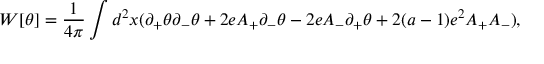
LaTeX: W [ \theta ] = { \frac { 1 } { 4 \pi } } \int d ^ { 2 } x ( \partial _ { + } \theta \partial _ { - } \theta + 2 e A _ { + } \partial _ { - } \theta - 2 e A _ { - } \partial _ { + } \theta + 2 ( a - 1 ) e ^ { 2 } A _ { + } A _ { - } ) ,